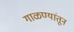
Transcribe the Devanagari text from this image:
गाळण्यांतून